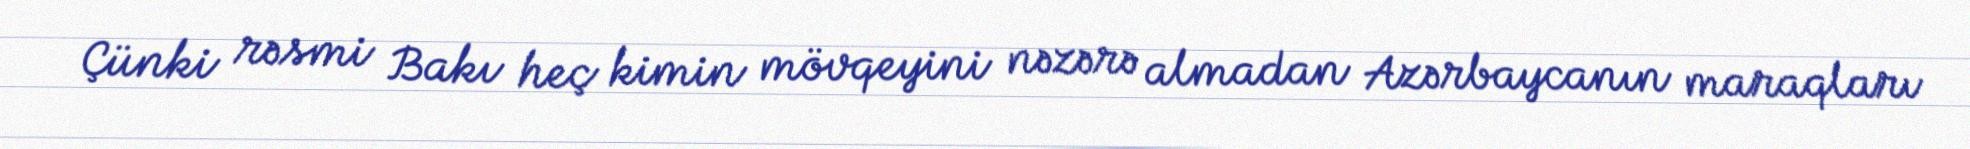
Çünki rəsmi Bakı heç kimin mövqeyini nəzərə almadan Azərbaycanın maraqları